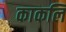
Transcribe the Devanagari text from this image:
काकलि